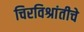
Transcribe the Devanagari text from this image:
चिरविश्रांतीचे